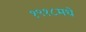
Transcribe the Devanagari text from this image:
१९१८मधे